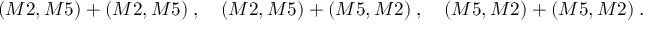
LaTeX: ( M 2 , M 5 ) + ( M 2 , M 5 ) \; , \quad ( M 2 , M 5 ) + ( M 5 , M 2 ) \; , \quad ( M 5 , M 2 ) + ( M 5 , M 2 ) \; .